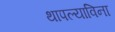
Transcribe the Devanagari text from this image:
थापल्याविना